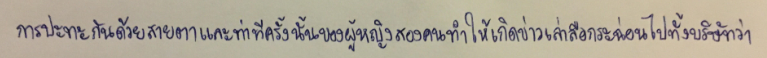
การปะทะกันด้วยสายตาและท่าทีครั้งนั้นของผู้หญิงสองคนทำให้เกิดข่าวเล่าลือกระฉ่อนไปทั้งบริษัทว่า